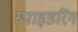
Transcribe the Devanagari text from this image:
स्पाइडरिंग